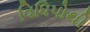
વિધિપોથી